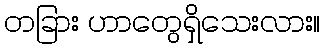
တခြား ဟာတွေရှိသေးလား။